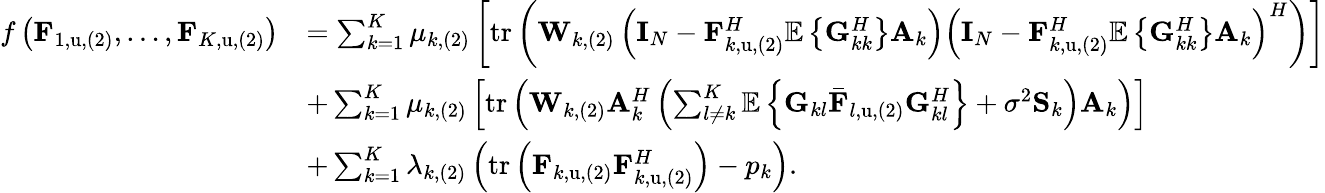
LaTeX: \begin{array}{rl}{f\left(\mathbf{F}_{1,\mathrm{u},(2)},\dots,\mathbf{F}_{K,\mathrm{u},(2)}\right)}&{=\sum_{k=1}^{K}{\mu_{k,(2)}\left[\mathrm{tr}\left(\mathbf{W}_{k,(2)}\left(\mathbf{I}_{N}-\mathbf{F}_{k,\mathrm{u},(2)}^{H}\mathbb{E}\left\{ \mathbf{G}_{kk}^{H}\right\} \mathbf{A}_{k}\right)\left(\mathbf{I}_{N}-\mathbf{F}_{k,\mathrm{u},(2)}^{H}\mathbb{E}\left\{ \mathbf{G}_{kk}^{H}\right\} \mathbf{A}_{k}\right)^{H}\right)\right]}}\\ &{+\sum_{k=1}^{K}{\mu_{k,(2)}\left[\mathrm{tr}\left(\mathbf{W}_{k,(2)}\mathbf{A}_{k}^{H}\left(\sum_{l\ne k}^{K}{\mathbb{E}\left\{ \mathbf{G}_{kl}\mathbf{\bar{F}}_{l,\mathrm{u},(2)}\mathbf{G}_{kl}^{H}\right\} }+\sigma^{2}\mathbf{S}_{k}\right)\mathbf{A}_{k}\right)\right]}}\\ &{+\sum_{k=1}^{K}{\lambda_{k,(2)}\left(\mathrm{tr}\left(\mathbf{F}_{k,\mathrm{u},(2)}\mathbf{F}_{k,\mathrm{u},(2)}^{H}\right)-p_{k}\right)}.}\end{array}